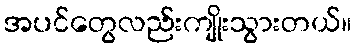
အပင်တွေလည်းကျိုးသွားတယ်။